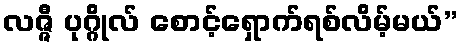
လဇ္ဇီ ပုဂ္ဂိုလ် စောင့်ရှောက်ရစ်လိမ့်မယ်”